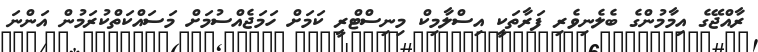
ރާއްޖޭގެ އިމާމުންގެ ބެލެނިވެރި ފަރާތަކީ އިސްލާމިކް މިނިސްޓްރީ ކަމަށް ހަމަޖެއްސުމަށް މަސައްކަތްކުރަމުން އަންނަ